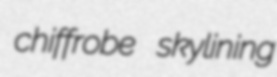
chiffrobe skylining